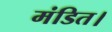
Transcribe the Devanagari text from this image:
मंडित।